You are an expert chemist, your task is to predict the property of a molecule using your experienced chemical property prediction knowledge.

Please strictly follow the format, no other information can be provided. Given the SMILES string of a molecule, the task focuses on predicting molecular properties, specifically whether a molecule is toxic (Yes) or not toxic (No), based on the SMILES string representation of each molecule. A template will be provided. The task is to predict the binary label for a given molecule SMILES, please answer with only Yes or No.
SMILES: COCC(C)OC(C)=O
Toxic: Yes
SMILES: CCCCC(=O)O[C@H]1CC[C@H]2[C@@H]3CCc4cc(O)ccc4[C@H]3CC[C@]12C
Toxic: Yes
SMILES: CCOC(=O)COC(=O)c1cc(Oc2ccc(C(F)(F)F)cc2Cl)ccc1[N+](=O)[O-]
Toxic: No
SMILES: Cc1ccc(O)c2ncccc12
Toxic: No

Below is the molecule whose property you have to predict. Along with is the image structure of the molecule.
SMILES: CCCCCCCCCC(=O)O[C@H]1CC[C@H]2[C@@H]3CCC4=CC(=O)CC[C@]4(C)[C@H]3CC[C@]12C
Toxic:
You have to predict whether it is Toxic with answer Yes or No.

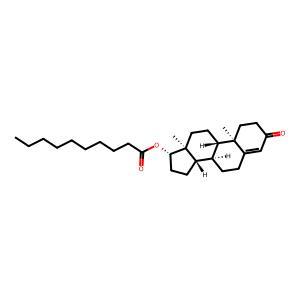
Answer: Yes